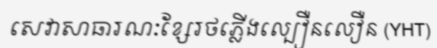
សេវាសាធារណៈខ្សែរថភ្លើងល្បឿនលឿន (YHT)